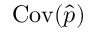
\operatorname { C o v } ( \hat { p } )